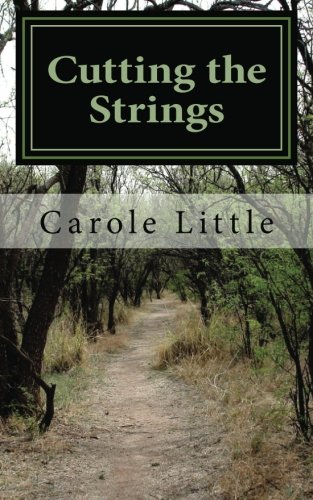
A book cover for Cutting the Strings: A Memoir (Volume 1); Carole J. Little; Travel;